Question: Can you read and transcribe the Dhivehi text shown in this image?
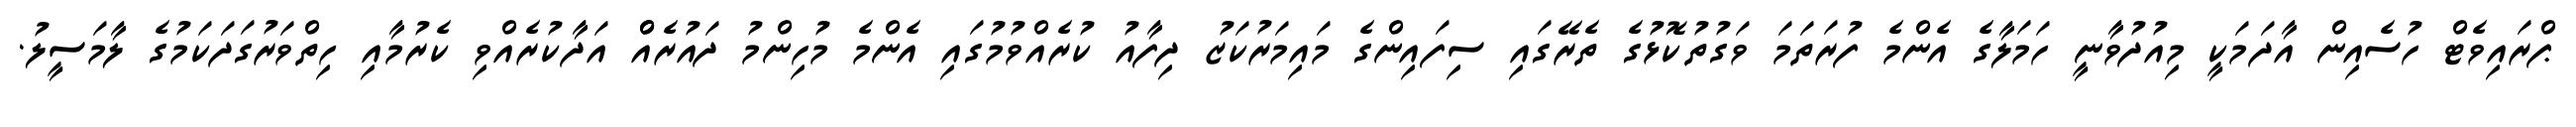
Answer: ޕްރައިވެޓް ހުސެއިން އާދަމަކީ މިއުދުވާނީ ހަމަލާގެ އެންމެ ފުރަތަމަ ވަގުތުކޮޅުގެ ތެރޭގައި ސިފައިންގެ މައިމަރުކަޒު ދިފާއު ކުރެއްވުމުގައި އެންމެ މުހިންމު ދައުރެއްް އަދާކުރެއްވި ކެރުމާއި ހިތްވަރުގަދަކަމުގެ ލާމަސީލު.